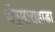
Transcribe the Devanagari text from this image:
थेंगुमाराहाडा